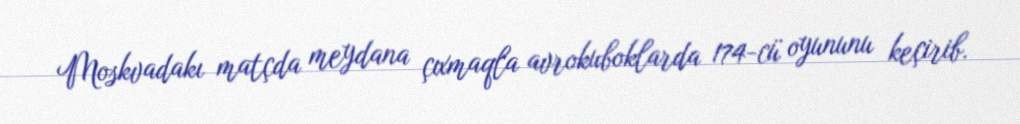
Moskvadakı matçda meydana çıxmaqla avrokuboklarda 174-cü oyununu keçirib.